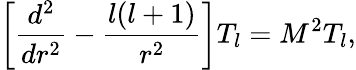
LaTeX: \left[{\frac{d^{2}}{dr^{2}}}-{\frac{l(l+1)}{r^{2}}}\right]T_{l}=M^{2}T_{l},